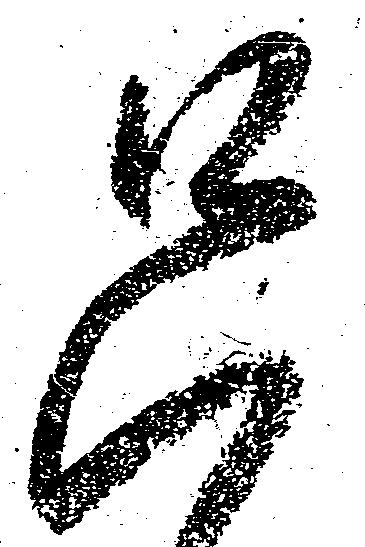
只